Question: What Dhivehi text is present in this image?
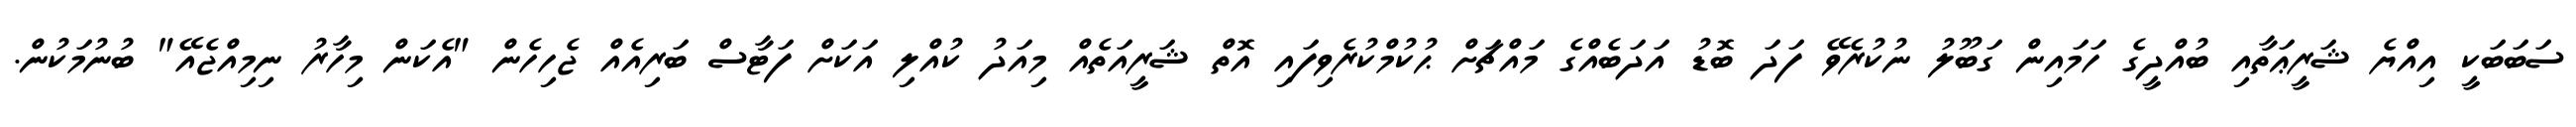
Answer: ސަބަބަކީ އިއްޔެ ޝަރީޢަތާއި ބުއްދީގެ ހަމައިން ގަބޫލު ނުކުރެވޭ ފަދަ ބޮޑު އަދަބެއްގެ މައްޗަށް ޙުކުމްކުރެވިފައި އޮތް ޝަރީއަތެއް މިއަދު ކުއްލި އަކަށް ފަޓާސް ބަރިއެއް ޖެހިހެން "އެކަން މިހާރު ނިމިއްޖެއޭ" ބުނުމަކުން.